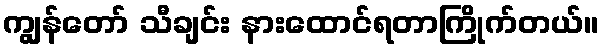
ကျွန်တော် သီချင်း နားထောင်ရတာကြိုက်တယ်။